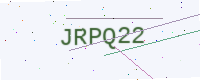
Text: JRPQ22